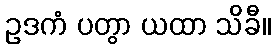
ဥဒကံ ပတွာ ယထာ သိခီ။